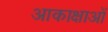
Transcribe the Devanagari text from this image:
आकाक्षाओं